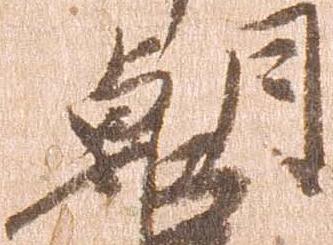
朝